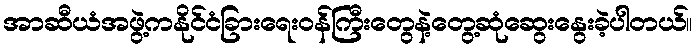
အာဆီယံအဖွဲ့ကနိုင်ငံခြားရေးဝန်ကြီးတွေနဲ့တွေ့ဆုံဆွေးနွေးခဲ့ပါတယ်။